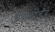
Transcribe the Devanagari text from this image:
अंतरकोलेज